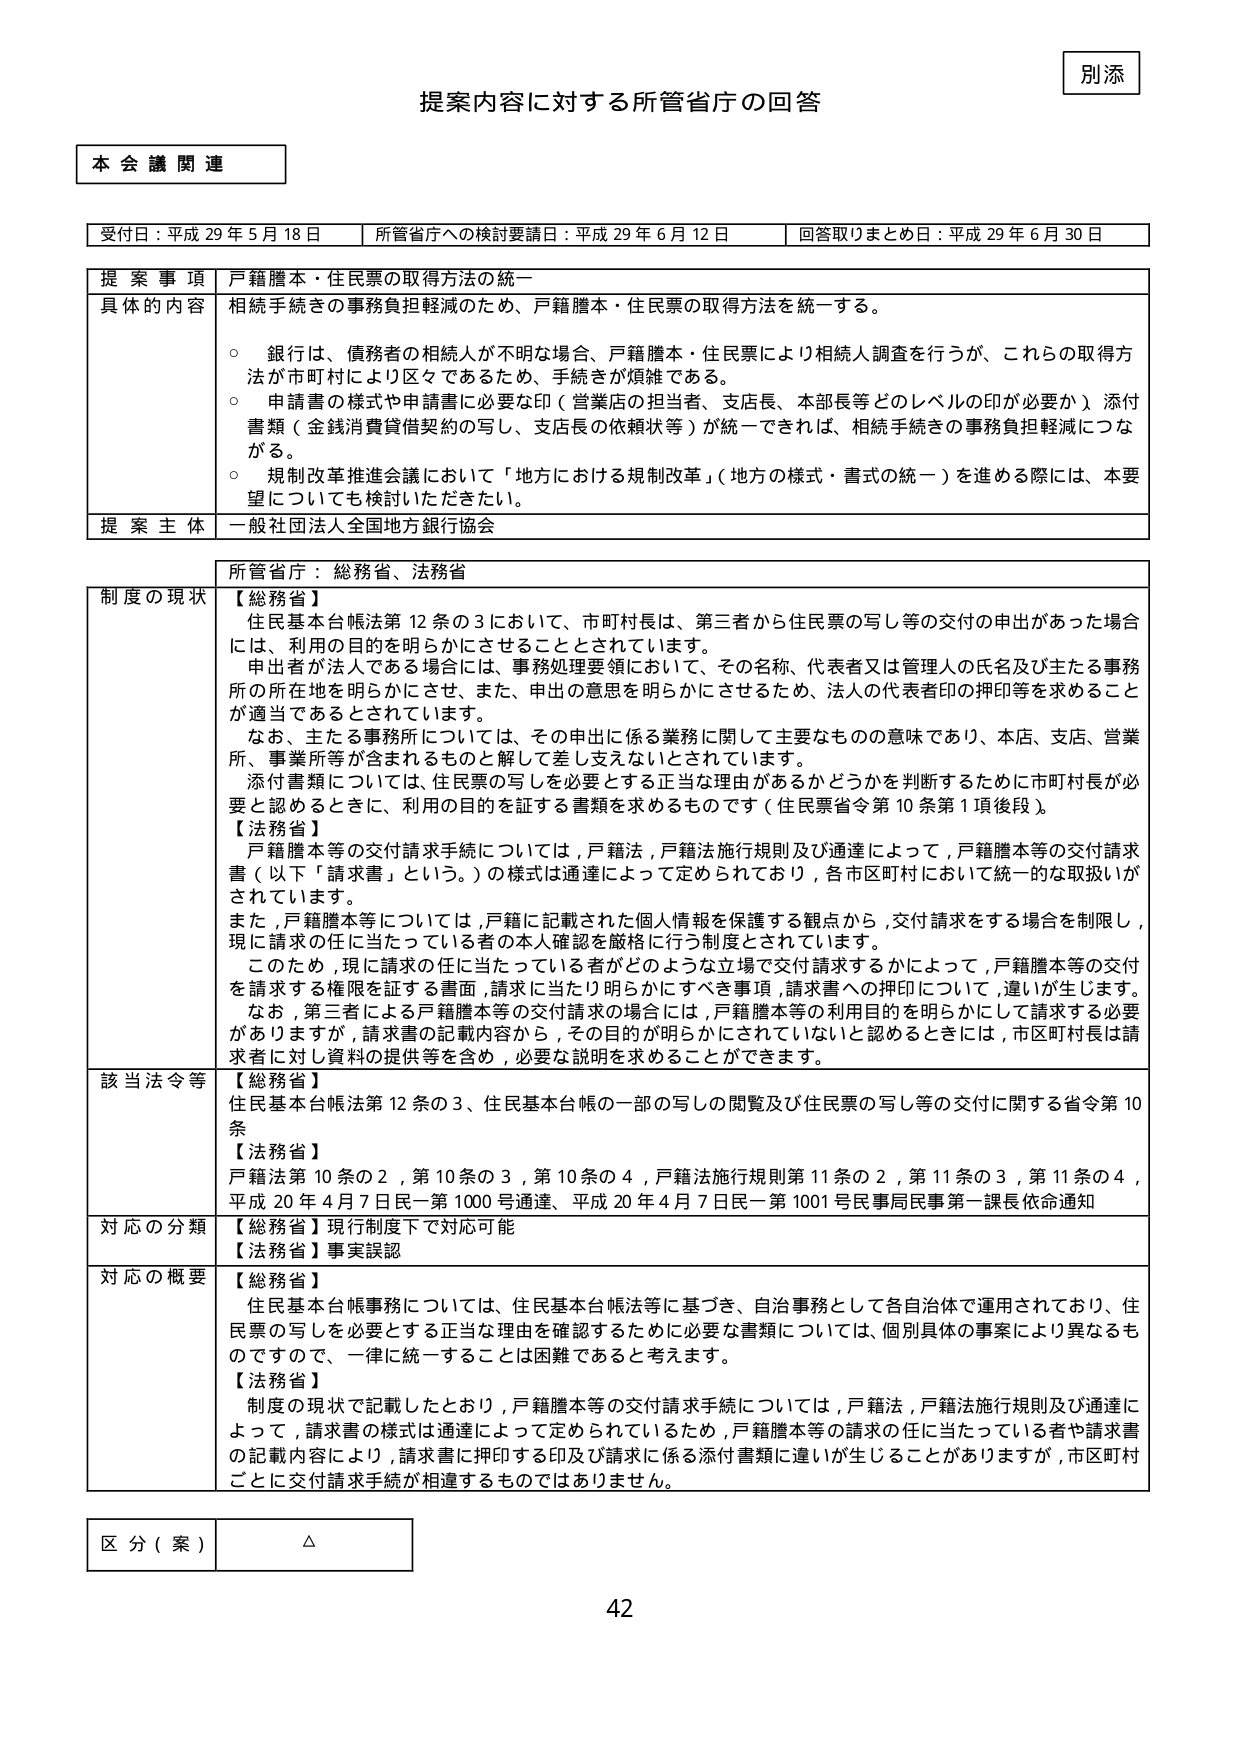
別添
提案内容に対する所管省庁の回答

本会議関連

受付日：平成29年5月18日　　所管省庁への検討要請日：平成29年6月12日　　回答取りまとめ日：平成29年6月30日

提案事項　戸籍謄本・住民票の取得方法の統一
具体的な内容　相続手続きの事務負担軽減のため、戸籍謄本・住民票の取得方法を統一する。
　　　　　　○　銀行は、債務者の相続人が不明な場合、戸籍謄本・住民票により相続人調査を行うが、これらの取得方法が市町村により区々であるため、手続きが煩雑である。
　　　　　　○　申請書の様式や申請書に必要な印（営業店の担当者、支店長、本部長等どのレベルの印が必要か）添付書類（金銭消費貸借契約の写し、支店長の依頼状等）が統一できれば、相続手続きの事務負担軽減につながる。
　　　　　　○　規制改革推進会議において「地方における規制改革」（地方の様式・書式の統一）を進める際には、本要望についても検討いただきたい。
提案主体　一般社団法人全国地方銀行協会

所管省庁：総務省、法務省

制度の現状　【総務省】
　　　　　　住民基本台帳法第12条の3において、市町村長は、第三者から住民票の写し等の交付の申出があった場合に、その利用の目的を明らかにさせることとされています。
　　　　　　申出者が法人である場合に、事務処理要領において、その名称、代表者又は管理人の氏名及び主たる事務所の所在地を明らかにさせ、また、申出の意思を明らかにさせるため、法人の代表者印の押印等を求めることが適当であるとされています。
　　　　　　なお、主たる事務所については、その申出に係る業務に関して主要なものとの意味であり、本店、支店、営業所、事業所等が含まれるものと解して差し支えないとされています。
　　　　　　添付書類については、住民票の写しを必要とする正当な理由があるかどうかを判断するために市町村長が必要と認めるときに、利用の目的を証する書類を求めるものです（住民票省令第10条第1項後段）。
　　　　　　【法務省】
　　　　　　戸籍謄本等の交付請求手続については、戸籍法、戸籍法施行規則及び通達によって、戸籍謄本等の交付請求書（以下「請求書」という。）の様式は通達によって定められており、各市区町村において統一的な取扱いがされています。
　　　　　　また、戸籍謄本等については、戸籍に記載された個人情報を保護する観点から、交付請求をする場合を制限し、現に請求の任に当たっている者の本人確認を厳格に行う制度とされています。
　　　　　　このため、現に請求の任に当たっている者がどのような立場で交付請求するかによって、戸籍謄本等の交付を請求する権限を証する書面、請求に当たり明らかにすべき事項、請求書への押印について、違いが生じます。
　　　　　　なお、第三者による戸籍謄本等の交付請求の場合には、戸籍謄本等の利用目的を明らかにして請求する必要がありますが、請求書の記載内容から、その目的が明らかにされていないと認めるときには、市区町村長は請求者に対し資料の提供等を含め、必要な説明を求めることができます。

該当法令等　【総務省】
　　　　　　住民基本台帳法第12条の3、住民基本台帳の一部の写しの閲覧及び住民票の写し等の交付に関する省令第10条
　　　　　　【法務省】
　　　　　　戸籍法第10条の2、第10条の3、第10条の4、戸籍法施行規則第11条の2、第11条の3、第11条の4、平成20年4月7日民一第1000号通達、平成20年4月7日民一第1001号民事局民事第一課長依命通知

対応の分類　【総務省】現行制度下で対応可能
　　　　　　【法務省】事実誤認

対応の概要　【総務省】
　　　　　　住民基本台帳事務については、住民基本台帳法等に基づき、自治事務として各自治体で運用されており、住民票の写しを必要とする正当な理由を確認するために必要な書類については、個別具体の事案により異なるものですので、一律に統一することは困難であると考えます。
　　　　　　【法務省】
　　　　　　制度の現状で記載したとおり、戸籍謄本等の交付請求手続については、戸籍法、戸籍法施行規則及び通達によって、請求書の様式は通達によって定められているため、戸籍謄本等の請求の任に当たっている者や請求書の記載内容により、請求書に押印する印及び請求に係る添付書類に違いが生じることがありますが、市区町村ごとに交付請求手続が相違するものではありません。

区分（案）　△

42